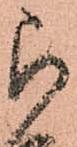
被